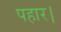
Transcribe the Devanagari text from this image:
पहार।